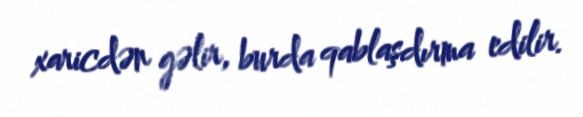
xaricdən gəlir, burda qablaşdırma edilir.